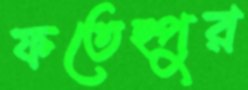
ফতেহ্পুর